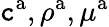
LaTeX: \mathtt{c}^{\mathrm{{a}}},\rho^{\mathrm{{a}}},\mu^{\mathrm{{a}}}